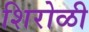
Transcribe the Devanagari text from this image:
शिरोळी